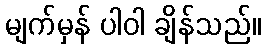
မျက်မှန် ပါဝါ ချိန်သည်။